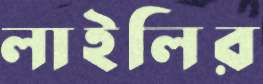
লাইলির